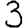
Digit: 3